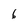
Character: 6